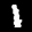
Digit: 1